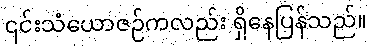
၎င်းသံယောဇဉ်ကလည်း ရှိနေပြန်သည်။